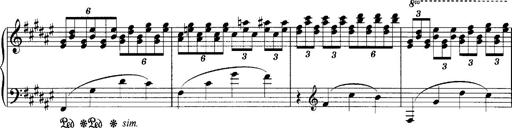
Title: klavierstÃ¼ck
Composer: Matias Ekert